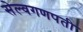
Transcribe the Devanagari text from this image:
सेल्वगणपती